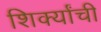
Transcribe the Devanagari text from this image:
शिर्क्यांची